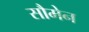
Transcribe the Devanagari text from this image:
सौमेन